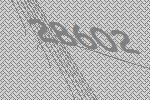
28602